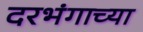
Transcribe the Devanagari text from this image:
दरभंगाच्या